Indian journal of veterinary science and animal husbandry - Volume 11,
Year: 1941
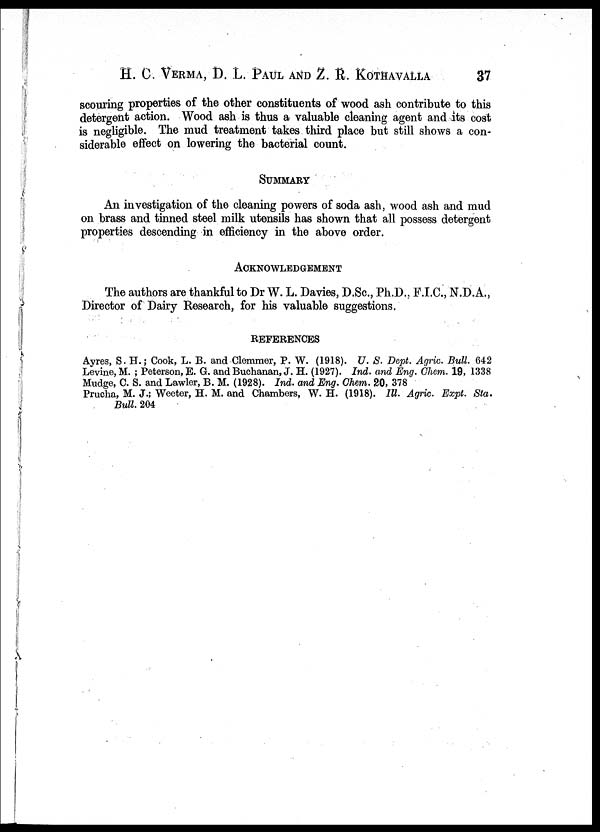
H. C. VERMA, D. L. PAUL AND Z. R. KOTHAVALLA 37
scouring properties of the other constituents of wood ash contribute to this
detergent action. Wood ash is thus a valuable cleaning agent and its cost
is negligible. The mud treatment takes third place but still shows a con-
siderable effect on lowering the bacterial count.
SUMMARY
An investigation of the cleaning powers of soda ash, wood ash and mud
on brass and tinned steel milk utensils has shown that all possess detergent
properties descending in efficiency in the above order.
ACKNOWLEDGEMENT
The authors are thankful to Dr W. L. Davies, D.Sc., Ph.D., F.I.C., N.D.A.,
Director of Dairy Research, for his valuable suggestions.
REFERENCES
Ayres, S. H.; Cook, L. B. and Clemmer, P. W. (1918). U. S. Dept. Agric. Bull. 642
Levine, M. ; Peterson, E. G. and Buchanan, J. H. (1927). Ind. and Eng. Chem. 19, 1338
Mudge, C. S. and Lawler, B. M. (1928). Ind. and Eng. Chem. 20, 378
Prucha, M. J.; Weeter, H. M. and Chambers, W. H. (1918). Ill. Agric. Expt. Sta.
Bull. 204